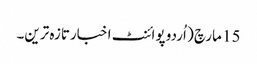
15 مارچ ( اُردو پوائنٹ اخبارتازہ ترین۔